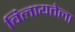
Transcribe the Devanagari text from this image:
विलायतेला